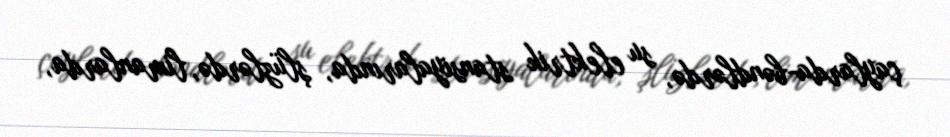
çaylarda-bəndlərdə, su elektrik stansiyalarında, şlüzlərdə, limanlarda,